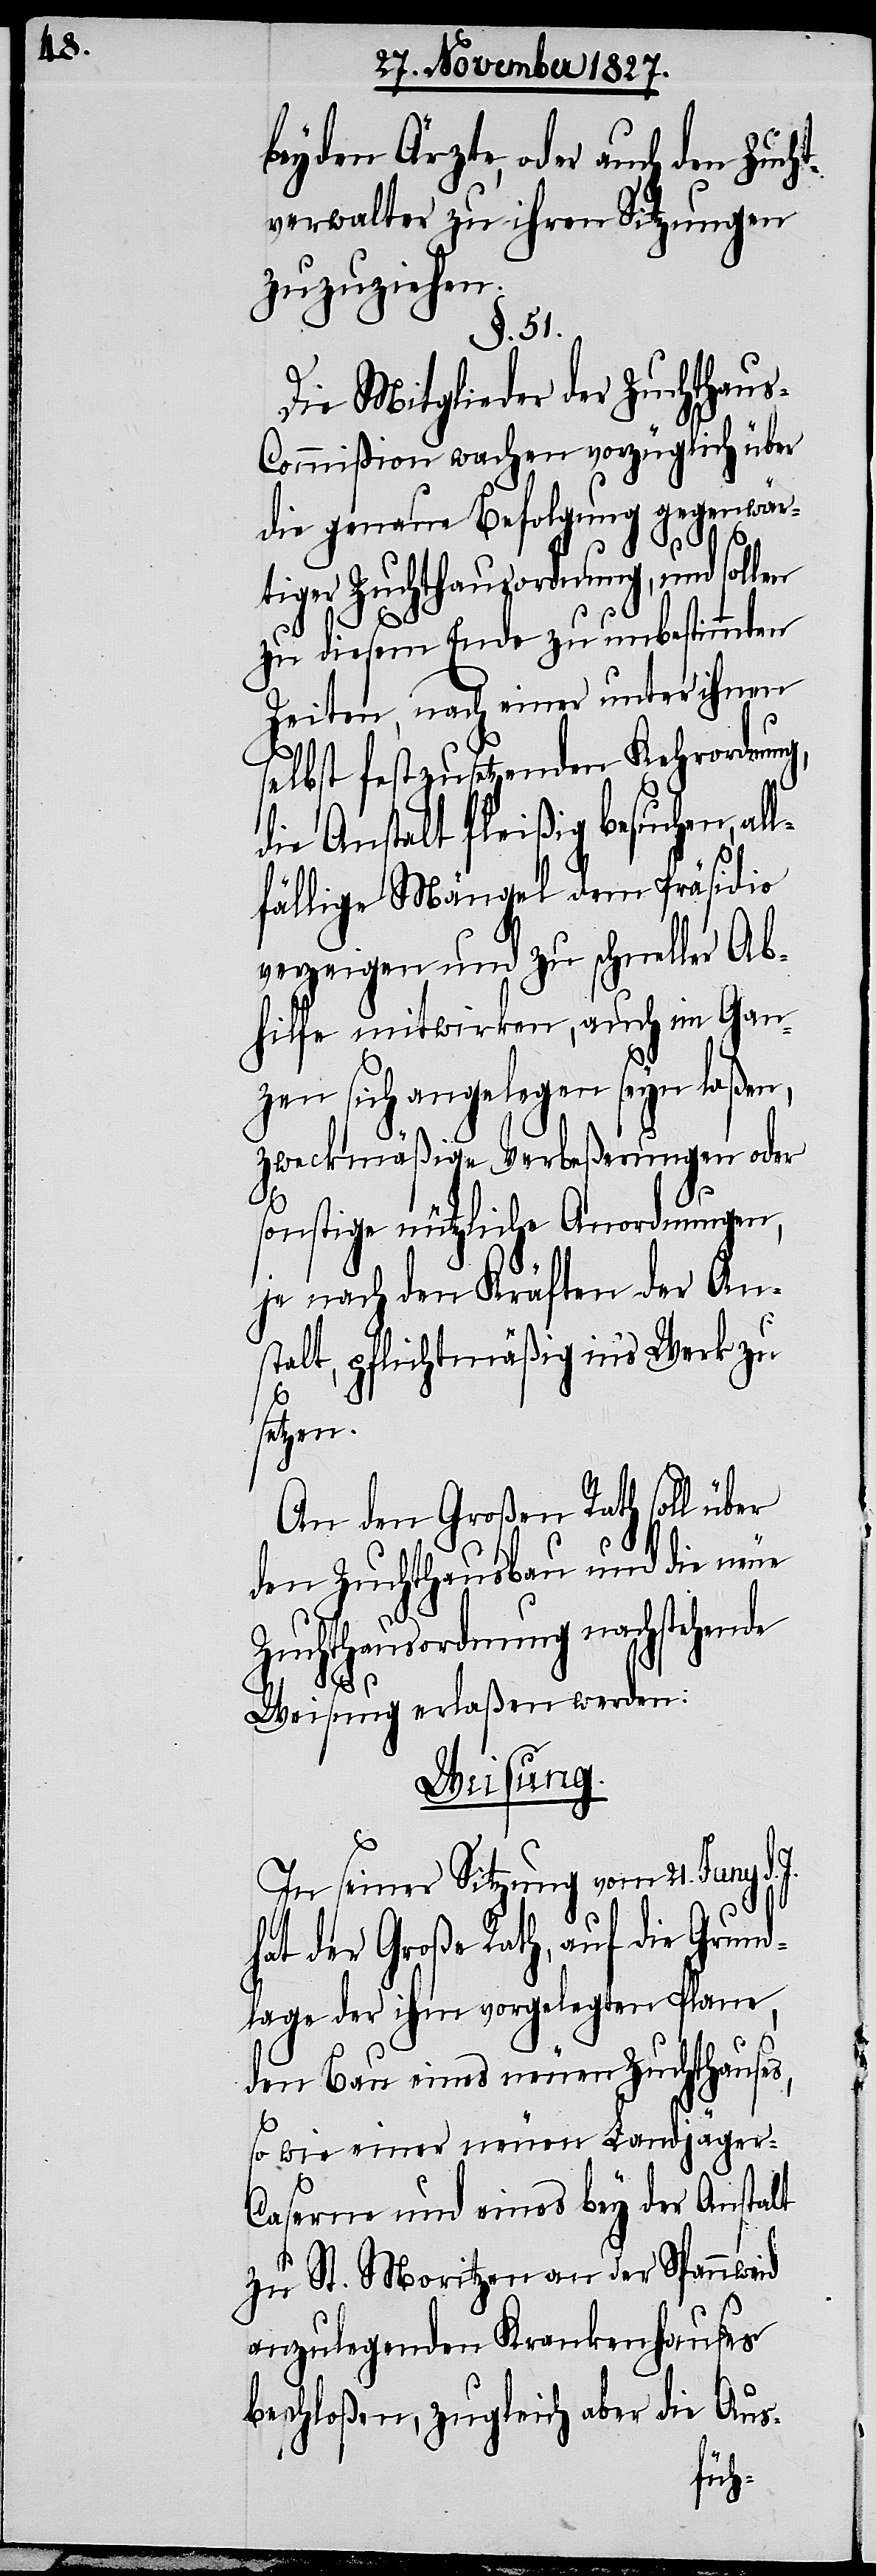
beyden Ärzte, oder auch den Zucht¬
verwalter zu ihren Sitzungen
zuzuziehen.
§. 51.
Die Mitglieder der Zuchthau¬
s-Commißion wachen vorzüglich über
die genaue Befolgung gegenwär¬
tiger Zuchthausordnung, und sol¬
zu diesem Ende zu unbestimmten
Zeiten, nach einer unter ihnen
selbst festzusetzenden Kehrordnung,
die Anstalt fleißig besuchen, al¬
lfällige Mängel dem Präsidio
verzeigen und zu schneller Ab¬
hilfe mitwirken, auch im Gan¬
zen sich angelegen seyn laßen,
zweckmäßige Verbeßerungen oder
sonstige nützliche Anordnungen,
je nach den Kräften der An¬
stalt, pflichtmäßig in’s Werk zu
setzen.
An den Großen Rath soll über
den Zuchthausbau und die neue
Zuchthausordnung nachstehende
len
Weisung erlaßen werden:
Weisung.
In seiner Sitzung vom 21. Juny d.
hat der Große Rath, auf die Grund¬
lage der ihm vorgelegten Plane,
den Bau eines neuen Zuchthauses,
so wie einer neuen Landjäger-C¬
aserne und eines bey der Anstalt
zu St. Moritzen an der Spannweid
anzulegenden Krankenhauses
beschloßen, zugleich aber die Aus-